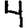
Digit: 4